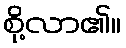
စို့လာ၏။